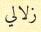
زلالي